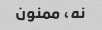
نه، ممنون